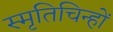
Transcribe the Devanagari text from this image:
स्मृतिचिन्हों